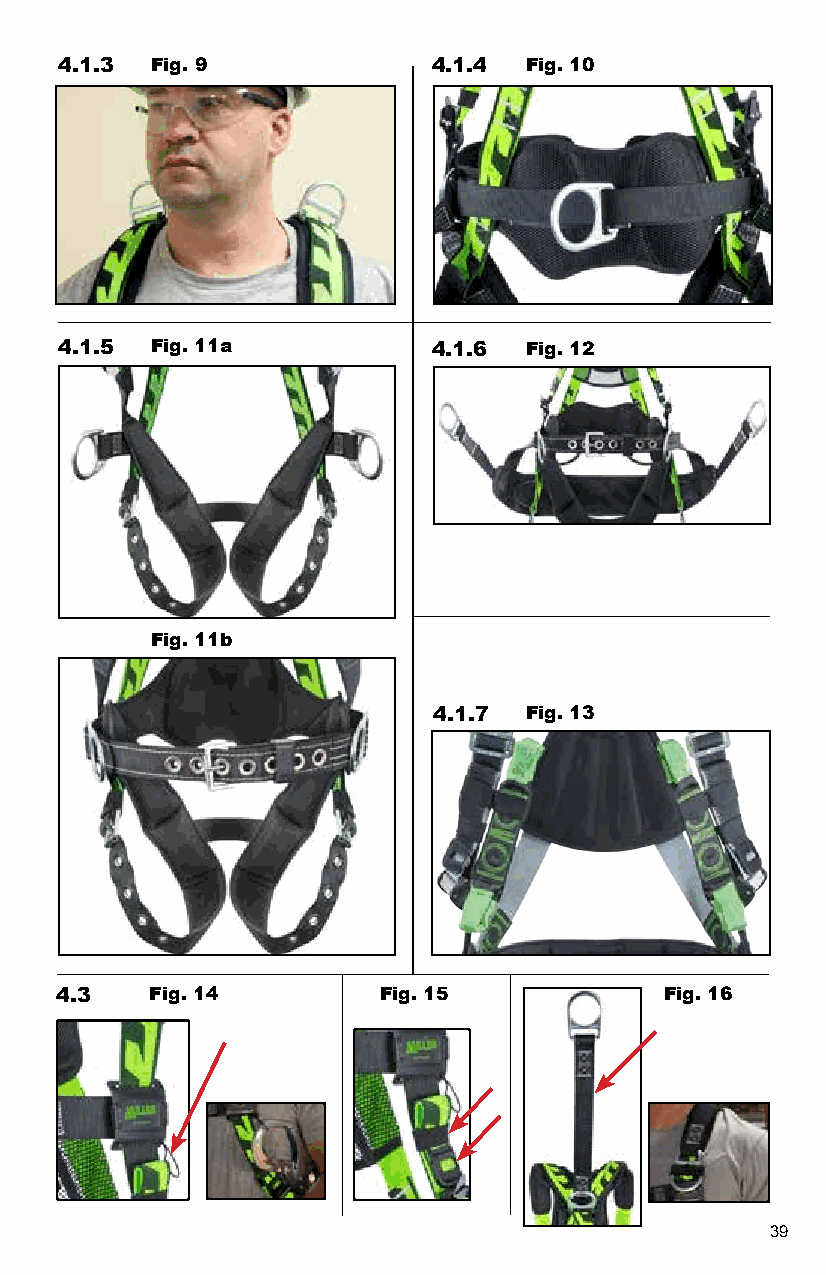
4.1.3 Fig. 9             4.1.4 Fig. 10
 4.1.5 Fig. 11a           4.1.6 Fig. 12
 Fig. 11b
 4.1.7 Fig. 13
 4.3   Fig. 14        Fig. 15            Fig. 16
 39